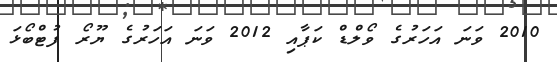
2010 ވަނަ އަހަރުގެ ވޯލްޑް ކަޕާއި 2012 ވަނަ އަހަރުގެ ޔޫރޯ ފުޓްބޯޅަ